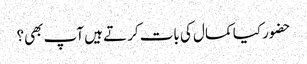
حضور کیا کمال کی بات کرتے ہیں آپ بھی؟